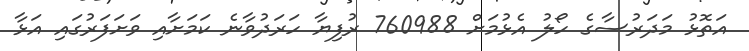
އަތޮޅު މަދަރުސާގެ ހޯލު އެޅުމަށް 760988 ރުފިޔާ ހަރަދުވާނެ ކަމަށާއި ވަށަފަރުގައި އަޅާ